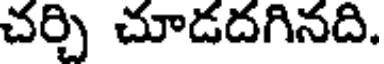
చర్చి చూడదగినది.